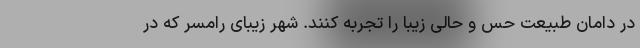
در دامان طبیعت حس و حالی زیبا را تجربه کنند. شهر زیبای رامسر که در